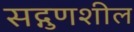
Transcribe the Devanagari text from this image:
सद्गुणशील